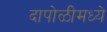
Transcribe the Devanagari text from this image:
दापोळीमध्ये